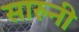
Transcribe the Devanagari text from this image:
सारुनी